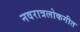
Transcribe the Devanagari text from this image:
नवरात्रलोकगीत